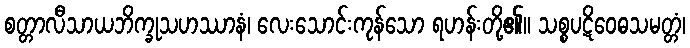
စတ္တာလီသာယဘိက္ခုသဟဿာနံ၊ လေးသောင်းကုန်သော ရဟန်းတို့၏။ သစ္စပဋိဝေဓသမတ္တံ၊